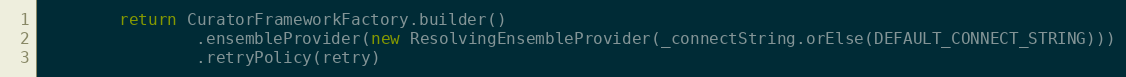
Language: Java
        return CuratorFrameworkFactory.builder()
                .ensembleProvider(new ResolvingEnsembleProvider(_connectString.orElse(DEFAULT_CONNECT_STRING)))
                .retryPolicy(retry)